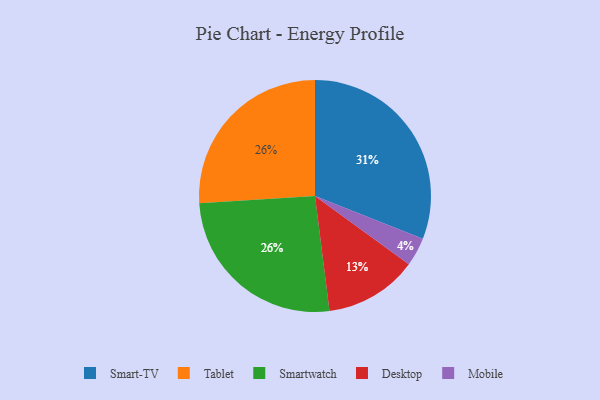
{"axis": {"x": "Category", "y": "Percentage"}, "legend": ["Desktop", "Mobile", "Smart-TV", "Smartwatch", "Tablet"], "data": [{"x": "Tablet", "y": 26, "type": "Tablet"}, {"x": "Smartwatch", "y": 26, "type": "Smartwatch"}, {"x": "Desktop", "y": 13, "type": "Desktop"}, {"x": "Smart-TV", "y": 31, "type": "Smart-TV"}, {"x": "Mobile", "y": 4, "type": "Mobile"}]}